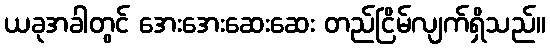
ယခုအခါတွင် အေးအေးဆေးဆေး တည်ငြိမ်လျက်ရှိသည်။